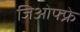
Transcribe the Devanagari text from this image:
जिओफ्फ्रे